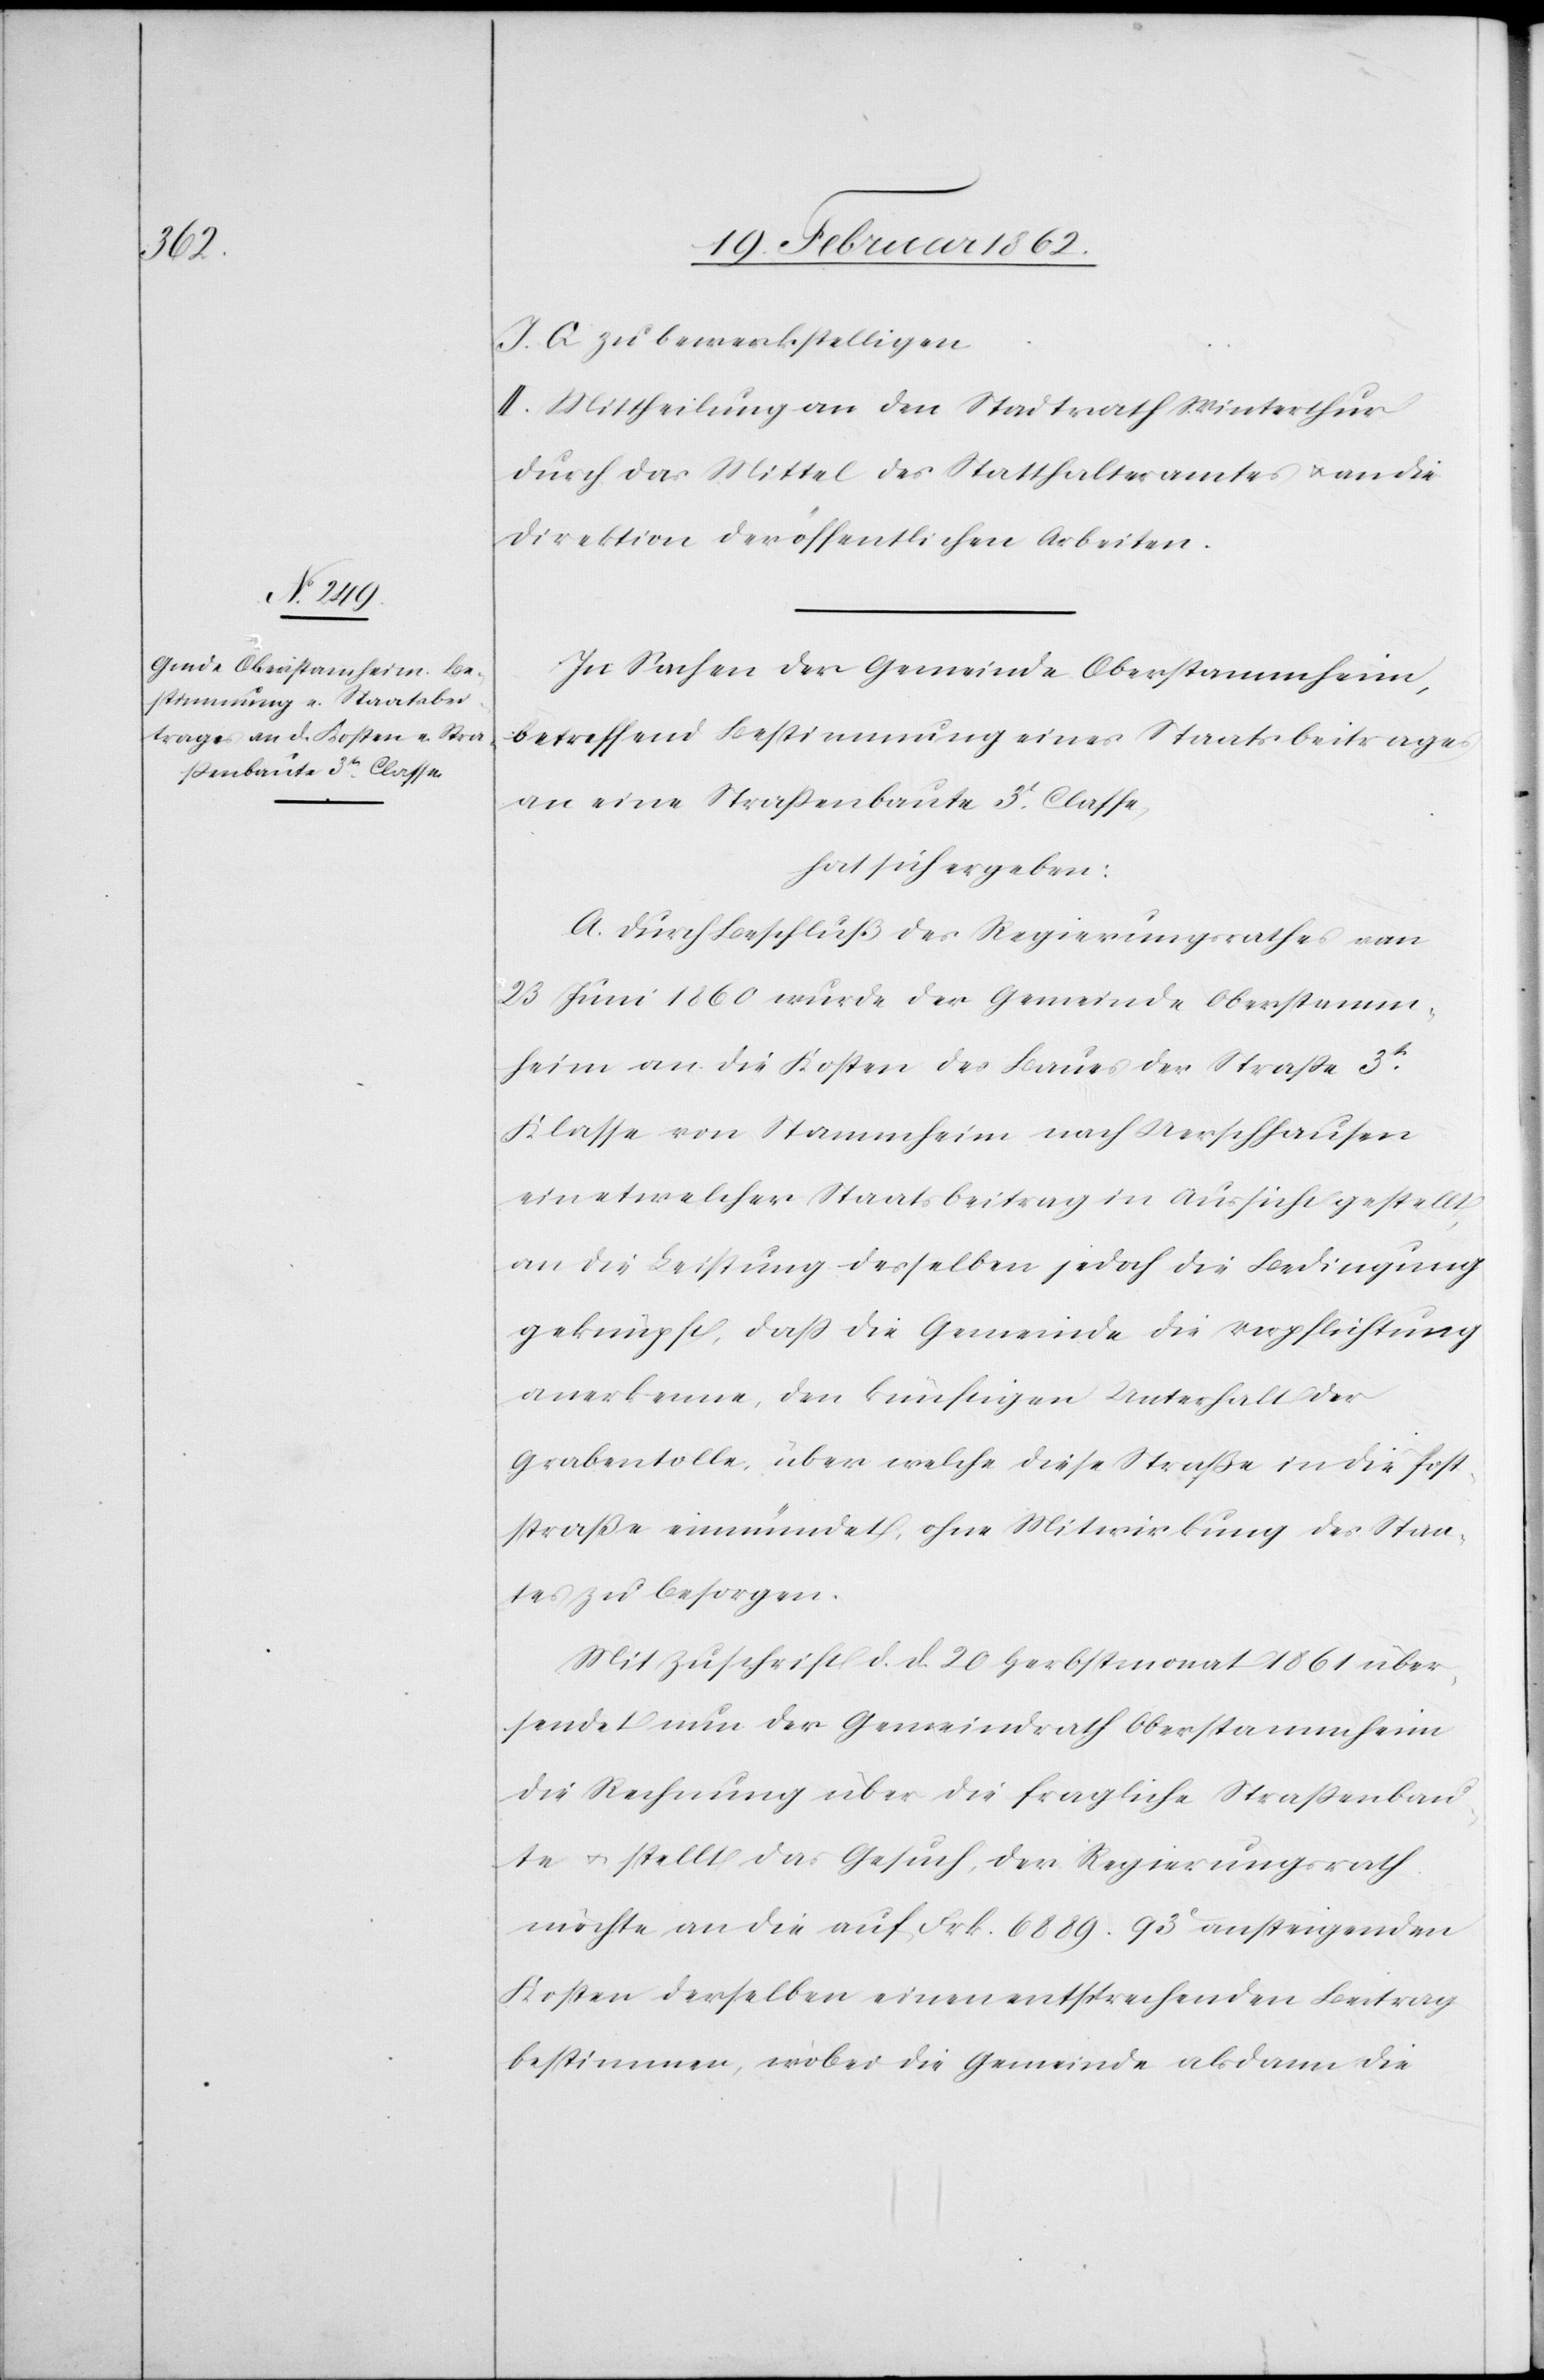
J. Q zu bewerkstelligen.
II. Mittheilung an den Stadtrath Winterthur
durch das Mittel des Statthalteramtes u. an die
Direktion der öffentlichen Arbeiten.
In Sachen der Gemeinde Oberstammheim,
betreffend Bestimmung eines Staatsbeitrages
an eine Straßenbaute 3t. Classe,
hat sich ergeben:
A. Durch Beschluß des Regierungsrathes vom
23 Juni 1860 wurde der Gemeinde Oberstamm¬
heim an die Kosten des Baues der Straße 3t.
Klasse von Stammheim nach Uerschhausen
ein etwelcher Staatsbeitrag in Aussicht gestellt,
an die Leistung desselben jedoch die Bedingung
geknüpft, daß die Gemeinde die Verpflichtung
anerkenne, den künftigen Unterhalt der
Grabentolle, über welche diese Straße in die Post¬
straße einmündet, ohne Mitwirkung des Staa¬
tes zu besorgen.
Mit Zuschrift d. d. 20 Herbstmonat 1861 über¬
sendet nun der Gemeindrath Oberstammheim
die Rechnung über die fragliche Straßenbau¬
te u. stellt das Gesuch, der Regierungsrath
möchte an die auf Frk. 6889.93c ansteigenden
Kosten derselben einen enstprechenden Beitrag
bestimmen, wobei die Gemeinde alsdann die